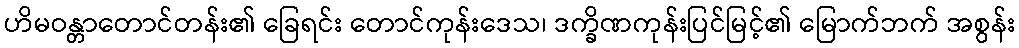
ဟိမဝန္တာတောင်တန်း၏ ခြေရင်း တောင်ကုန်းဒေသ၊ ဒက္ခိဏကုန်းပြင်မြင့်၏ မြောက်ဘက် အစွန်း